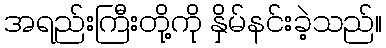
အရည်းကြီးတို့ကို နှိမ်နင်းခဲ့သည်။